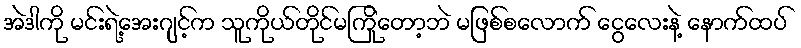
အဲဒါကို မင်းရဲ့အေးဂျင့်က သူကိုယ်တိုင်မကြုိတော့ဘဲ မဖြစ်စလောက် ငွေလေးနဲ့ နောက်ထပ်